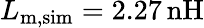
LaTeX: L_{\mathrm{m,sim}}=2.27\, \mathrm{nH}